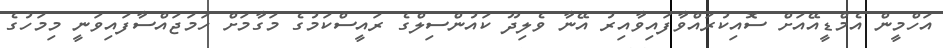
އަހްމީން އެމްޑީއޭއަށް ސޮއިކުރައްވާފައިވާއިރު އޭނާ ވެލިދޫ ކައުންސިލްގެ ރައީސްކަމުގެ މަގާމަށް ހަމަޖައްސާފައިވަނީ މިމަހުގެ